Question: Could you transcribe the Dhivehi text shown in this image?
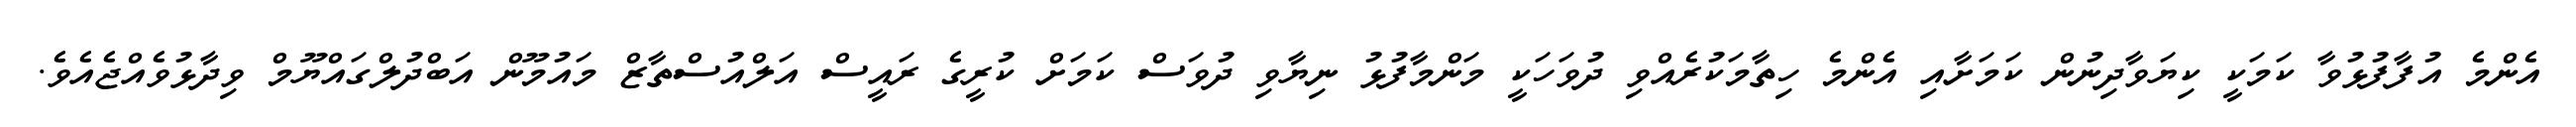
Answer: އެންމެ އުފާފުޅުވާ ކަމަކީ ކިޔަވާދިނުން ކަމަށާއި އެންމެ ހިތާމަކުރެއްވި ދުވަހަކީ މަންމާފުޅު ނިޔާވި ދުވަސް ކަމަށް ކުރީގެ ރައީސް އަލްއުސްތާޒް މައުމޫން އަބްދުލްގައްޔޫމް ވިދާޅުވެއްޖެއެވެ.